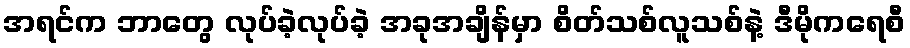
အရင်က ဘာတွေ လုပ်ခဲ့လုပ်ခဲ့ အခုအချိန်မှာ စိတ်သစ်လူသစ်နဲ့ ဒီမိုကရေစီ